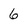
Character: 6